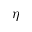
\eta